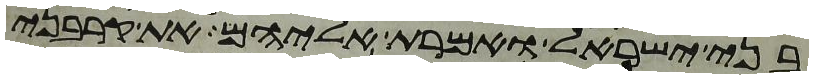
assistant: בני ישראל ואמרת אליהם את קרבני